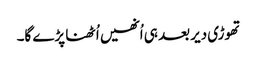
تھوڑی دیر بعد ہی اُنھیں اُٹھنا پڑے گا۔